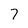
Character: 7